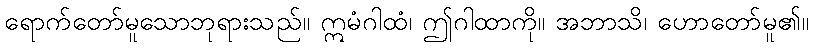
ရောက်တော်မူသောဘုရားသည်။ ဣမံဂါထံ၊ ဤဂါထာကို။ အဘာသိ၊ ဟောတော်မူ၏။